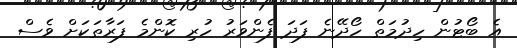
އެ ބޯޓުން ހިދުމަތް ހޯދޭނެ ފަދަ ފެންވަރު ހުރި ކޮންމެ ފަރާތަކަށް ވެސް